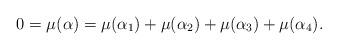
LaTeX: \begin{align*}0=\mu(\alpha)=\mu(\alpha_1)+\mu(\alpha_2)+\mu(\alpha_3)+\mu(\alpha_4).\end{align*}